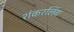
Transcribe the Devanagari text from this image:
शंकरलिंग